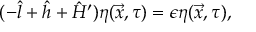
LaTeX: ( - \hat { l } + \hat { h } + \hat { H } ^ { \prime } ) \eta ( \vec { x } , \tau ) = \epsilon \eta ( \vec { x } , \tau ) ,